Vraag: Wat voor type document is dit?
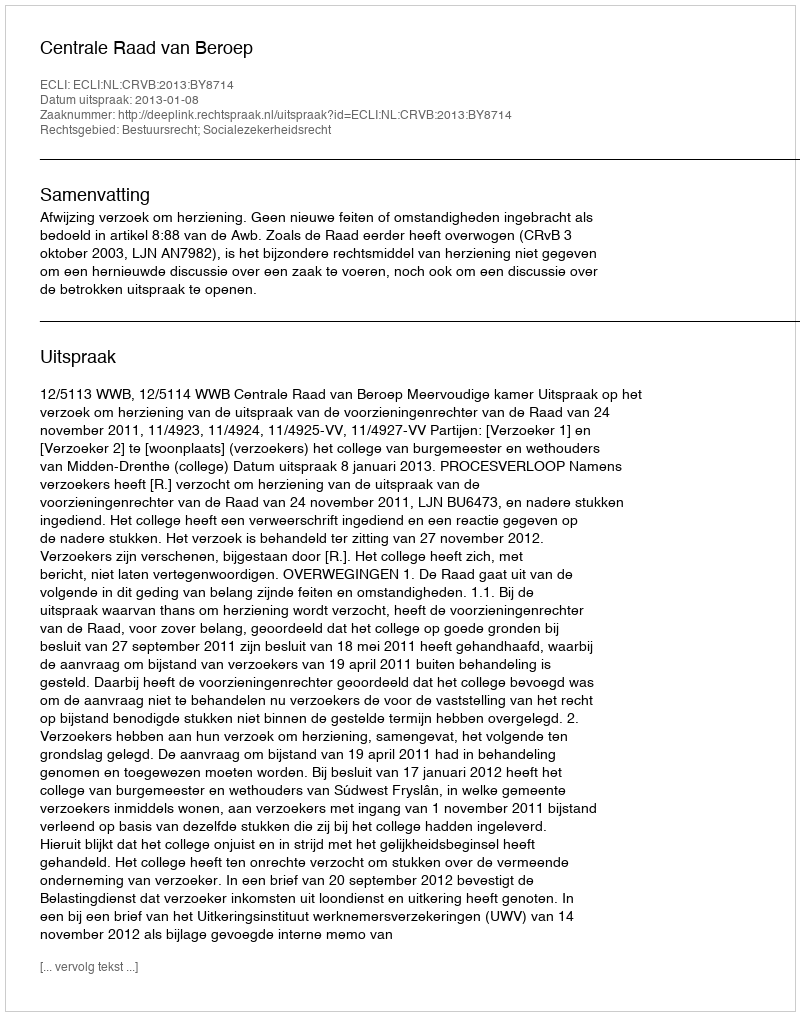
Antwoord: Uitspraak